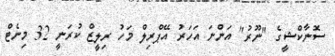
ސޮނާކްޝީގެ "ނޫރު" އަންނަ އަހަރު އޭޕްރިލް މަހު ރިލީޒް ކުރަނީ 32 މިނެޓް